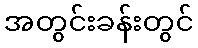
အတွင်းခန်းတွင်